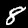
Digit: 8